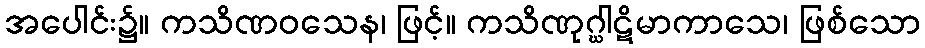
အပေါင်း၌။ ကသိဏဝသေန၊ ဖြင့်။ ကသိဏုဂ္ဃါဋိမာကာသေ၊ ဖြစ်သော